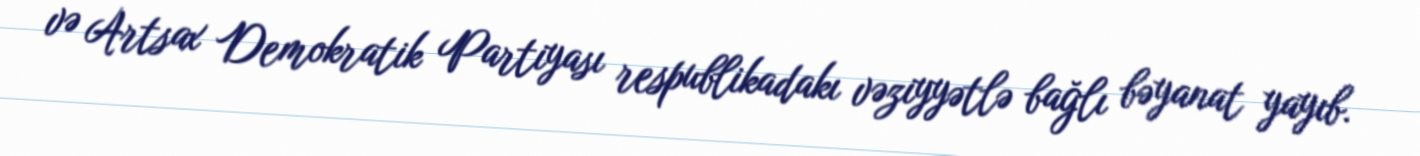
və Artsax Demokratik Partiyası respublikadakı vəziyyətlə bağlı bəyanat yayıb.